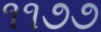
૧૧૭૭